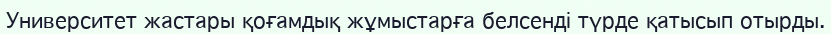
Университет жастары қоғамдық жұмыстарға белсенді түрде қатысып отырды.